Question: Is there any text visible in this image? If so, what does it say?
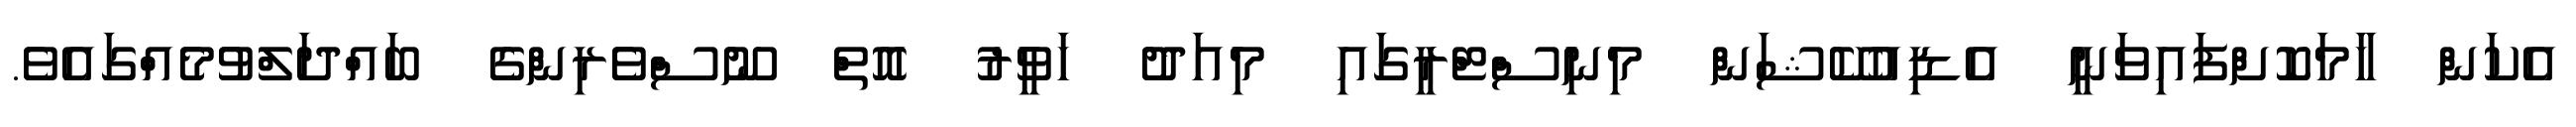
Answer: އެކަން ހާމަކޮށްފައިވަނީ އެޑިއުކޭޝަން މިނިސްޓްރީގައި މިއަދު ހަވީރު އޮތް ނޫސްވެރިންގެ ބައްދަލްވުމެއްގައެވެ.